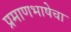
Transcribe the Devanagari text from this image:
प्रमाणभाषेचा